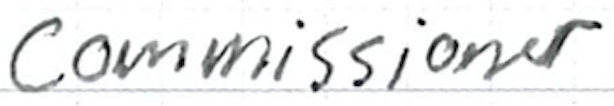
Text: Commissioner
Cross-out: clean
Writing tool: ballpoint